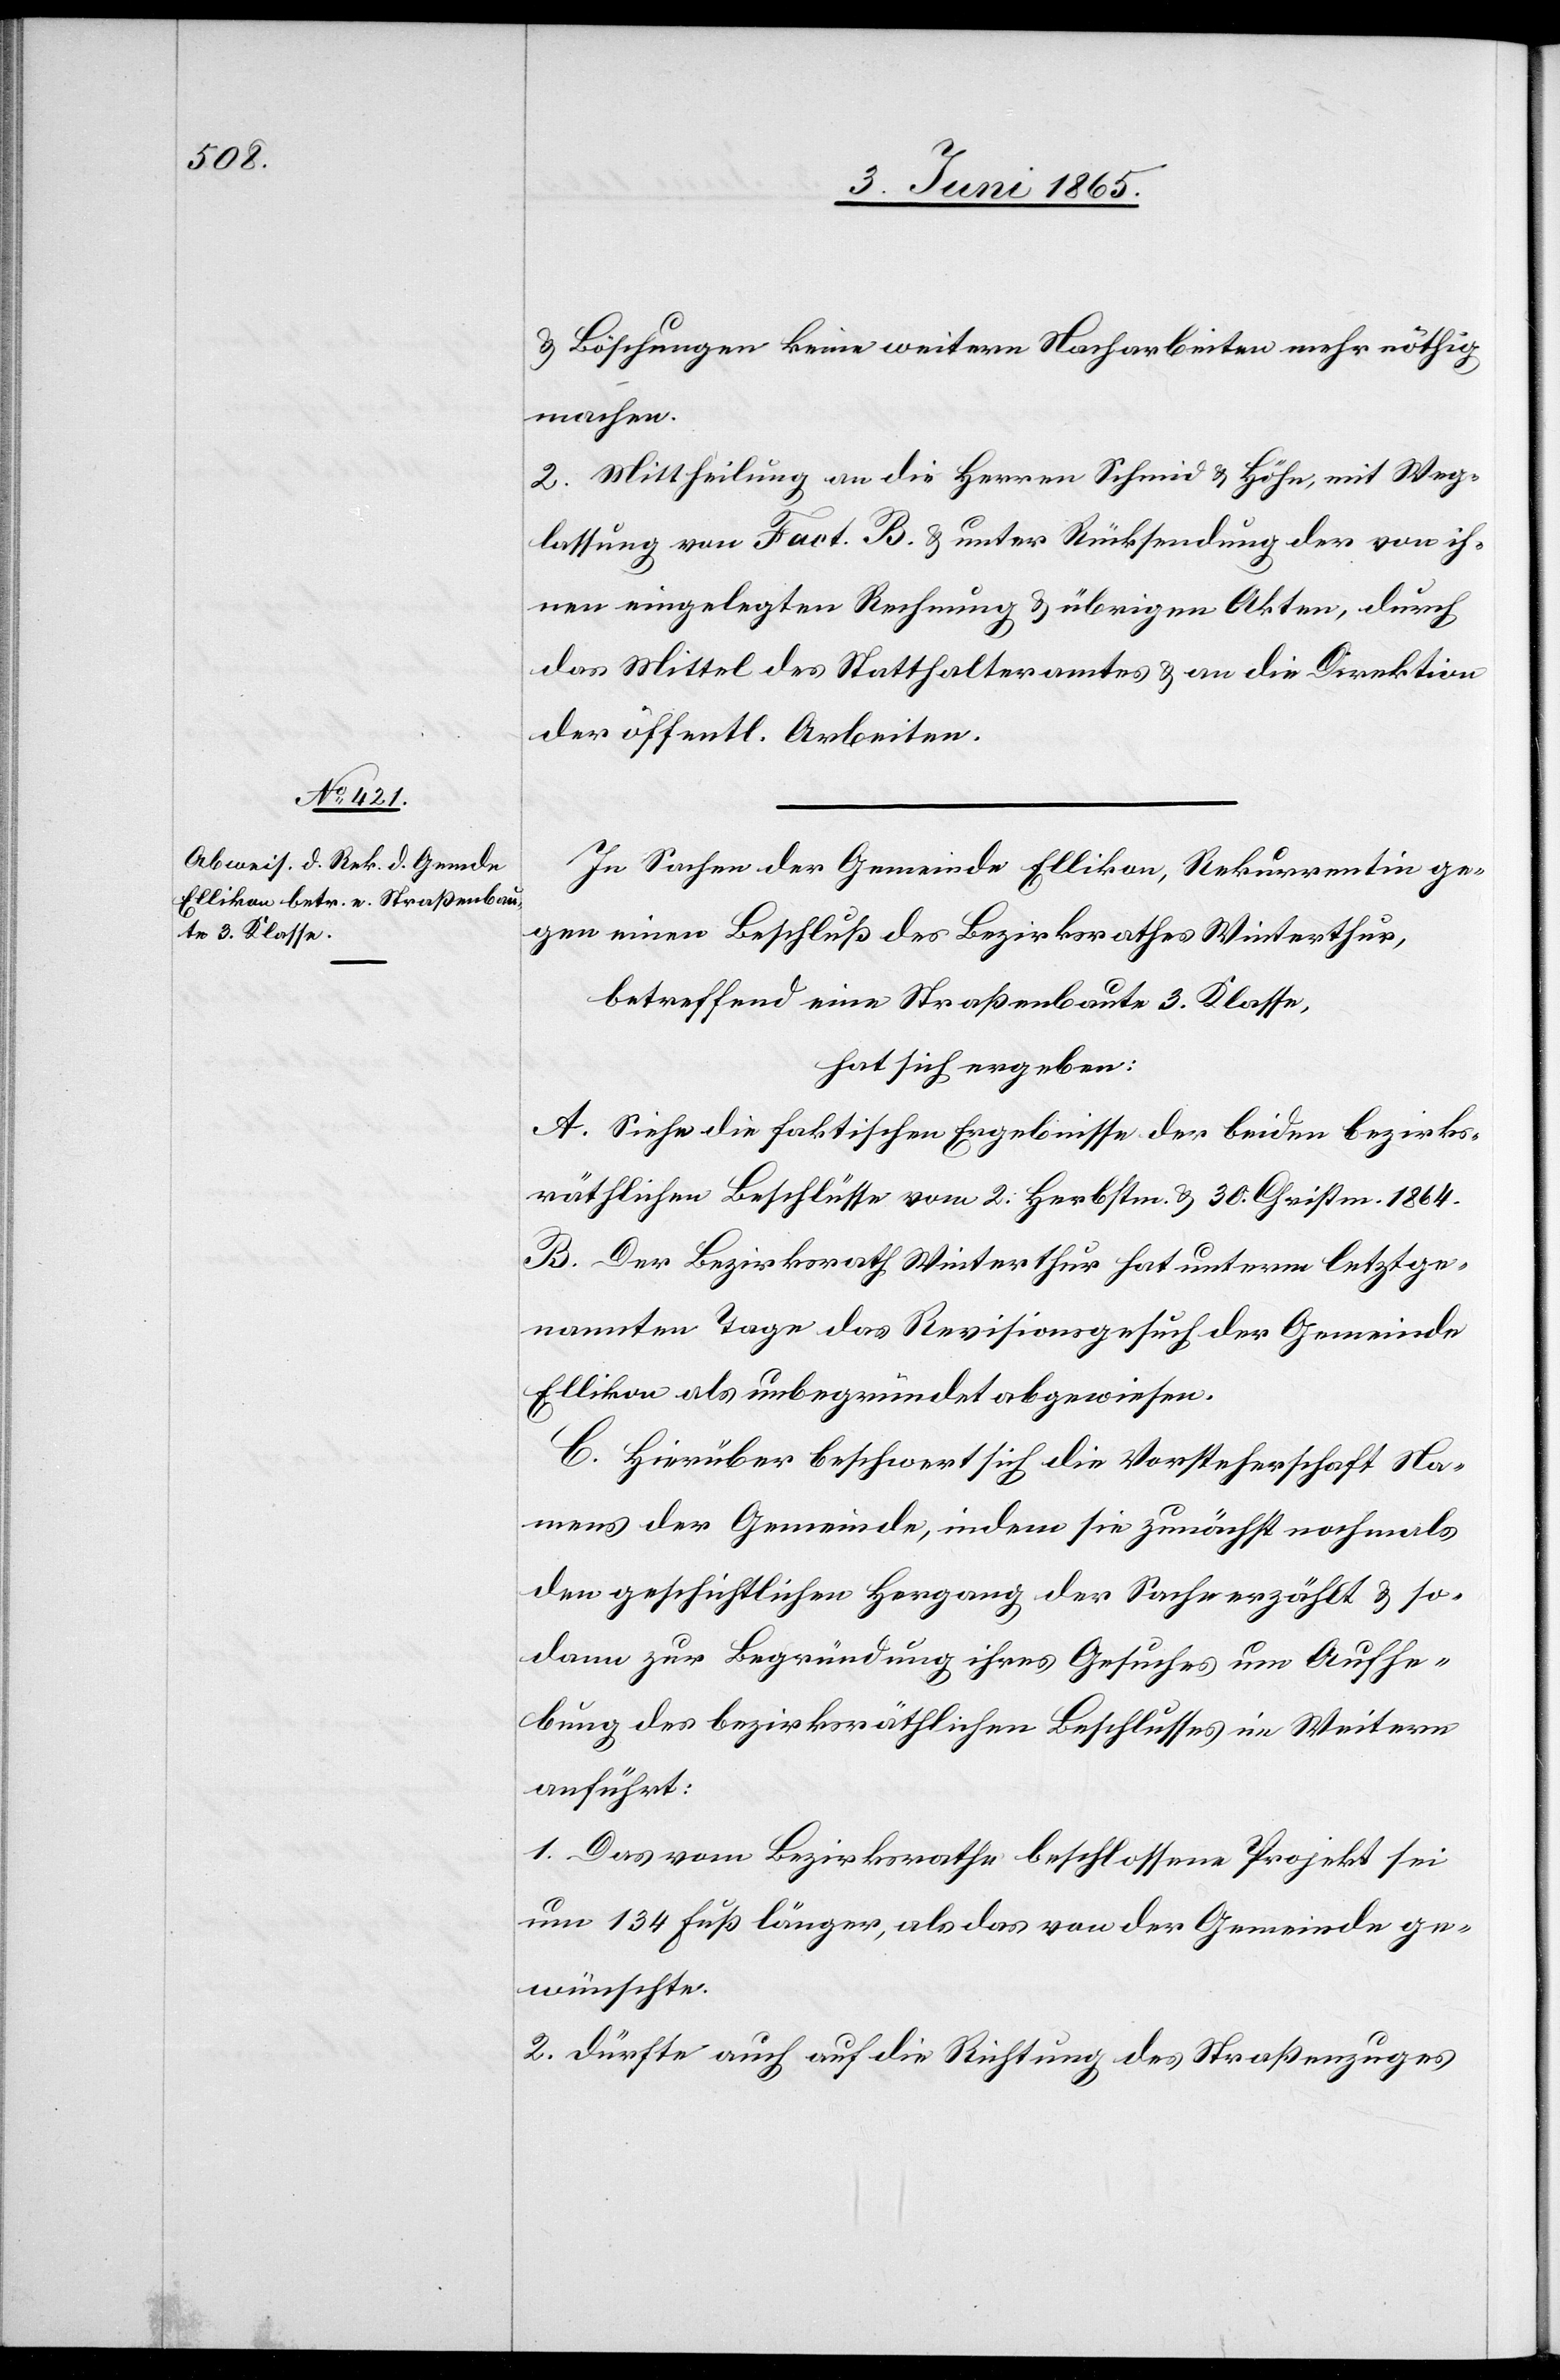
& Böschungen keine weitern Nacharbeiten mehr nöthig
machen.
2. Mittheilung an die Herren Schmid & Höhn, mit Weg¬
lassung von Fact. B. & unter Rücksendung der von ih¬
nen eingelegten Rechnung & übrigen Akten, durch
das Mittel des Statthalteramtes & an die Direktion
der öffentl. Arbeiten.
In Sachen der Gemeinde Ellikon, Rekurrentin ge¬
gen einen Beschluß des Bezirksrathes Winterthur,
betreffend eine Straßenbaute 3. Klasse,
hat sich ergeben:
A. Siehe die faktischen Ergebnisse der beiden bezirks¬
räthlichen Beschlüsse vom 2. Herbstm. & 30. Christm. 1864.
B. Der Bezirksrath Winterthur hat unterm letztge¬
nannten Tage das Revisionsgesuch der Gemeinde
Ellikon als unbegründet abgewiesen.
C. Hierüber beschwert sich die Vorsteherschaft Na¬
mens der Gemeinde, indem sie zunächst nochmals
den geschichtlichen Hergang der Sache erzählt & so¬
dann zur Begründung ihres Gesuches um Aufhe¬
bung des bezirksräthlichen Beschlusses im Weitern
anführt:
1. Das vom Bezirksrathe beschlossene Projekt sei
um 134 Fuß länger, als das von der Gemeinde ge¬
wünschte.
2. Dürfte auch auf die Richtung des Straßenzuges